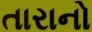
તારાનો